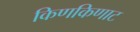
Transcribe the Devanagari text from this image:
किणकिणाट